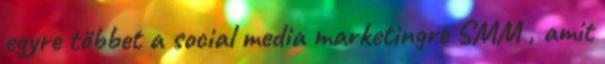
egyre többet a social media marketingre SMM , amit